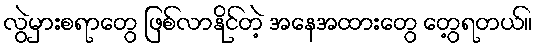
လွဲမှားစရာတွေ ဖြစ်လာနိုင်တဲ့ အနေအထားတွေ တွေ့ရတယ်။